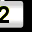
Digit: 2